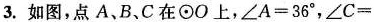
3.如图，点A、B、C在⊙O上，$$\angleA=36^{\circ}$$，\angle C=